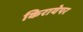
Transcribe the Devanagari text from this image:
किरायेपर